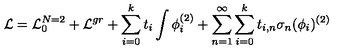
{ \cal L } = { \cal L } _ { 0 } ^ { N = 2 } + { \cal L } ^ { g r } + \sum _ { i = 0 } ^ { k } t _ { i } \int \phi _ { i } ^ { ( 2 ) } + \sum _ { n = 1 } ^ { \infty } \sum _ { i = 0 } ^ { k } t _ { i , n } \sigma _ { n } ( \phi _ { i } ) ^ { ( 2 ) }